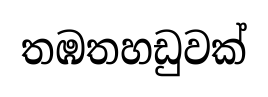
තඹතහඩුවක්